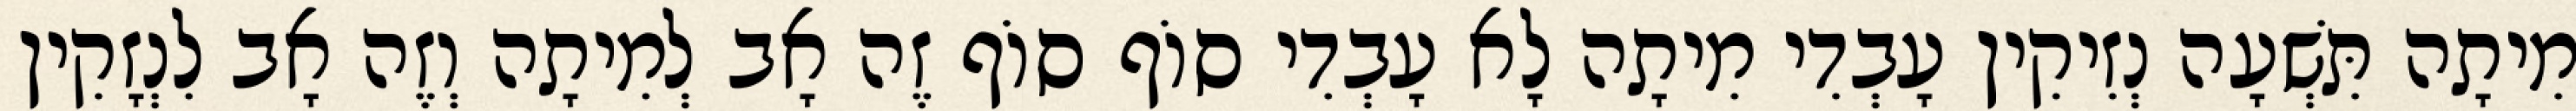
מִיתָה תִּשְׁעָה נְזִיקִין עָבְדִי מִיתָה לָא עָבְדִי סוֹף סוֹף זֶה אָב לְמִיתָה וְזֶה אָב לִנְזָקִין